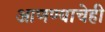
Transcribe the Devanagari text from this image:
आणण्याचेही